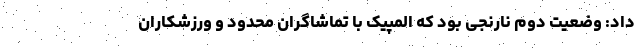
داد: وضعیت دوم نارنجی بود که المپیک با تماشاگران محدود و ورزشکاران